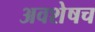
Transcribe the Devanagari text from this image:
अवशेषच